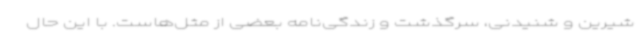
شیرین و شنیدنی، سرگذشت و زندگی‌نامه بعضی از مثل‌هاست. با این حال